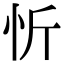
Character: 忻